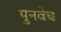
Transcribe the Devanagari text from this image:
पुनवेच